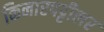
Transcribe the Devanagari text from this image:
किनारपट्टीलर